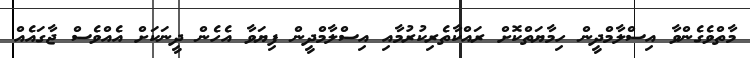
މާތްވެގެންވާ އިސްލާމްދީން ހިމާޔަތްކޮށް ރައްކާތެރިކުރުމާއި އިސްލާމްދީން ފިޔަވާ އެހެން ދީނަކަށް އެއްވެސް ޖާގައެއް